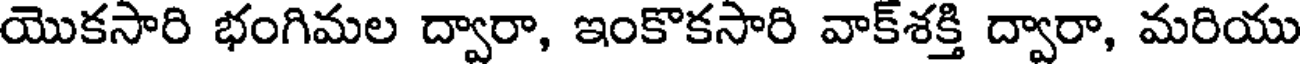
యొకసారి భంగిమల ద్వారా, ఇంకొకసారి వాక్శక్తి ద్వారా, మరియు